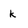
Character: k